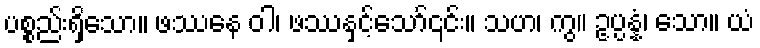
ပစ္စည်းရှိသော။ ဖဿေန ဝါ၊ ဖဿနှင့်သော်၎င်း။ သဟ၊ ကွ။ ဥပ္ပန္နံ၊ သော။ ယံ